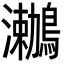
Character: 𪆟